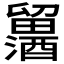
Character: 𲆾